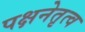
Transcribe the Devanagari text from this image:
पक्षनेतृत्व